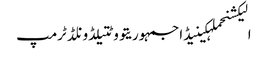
الیکشنحملہکینیڈاجمہوریتووٹتیلڈونلڈ ٹرمپ